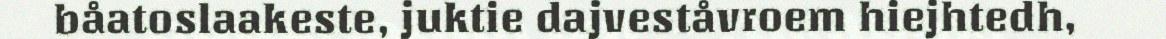
båatoslaakeste, juktie dajveståvroem hiejhtedh,